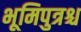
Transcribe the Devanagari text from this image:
भूमिपुत्रश्च